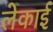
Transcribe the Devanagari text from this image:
लेकाई